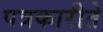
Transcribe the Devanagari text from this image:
पत्रकारीते